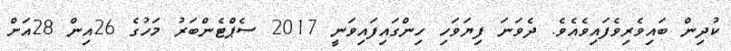
ކުދިން ބައިވެރިވެފައިވެއެވެ. ދެވަނަ ފިޔަވަހި ހިންގައިފައިވަނީ 2017 ސެޕްޓެންބަރު މަހުގެ 26އިން 28އަށް